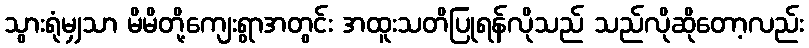
သွားရုံမျှသာ မိမိတို့ကျေးရွာအတွင်း အထူးသတိပြုရန်လိုသည် သည်လိုဆိုတော့လည်း